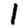
Digit: 1